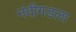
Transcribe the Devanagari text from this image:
नंदीगडला